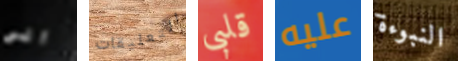
الى التعليقات قلبى عليه النبوءة